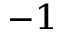
^ { - 1 }